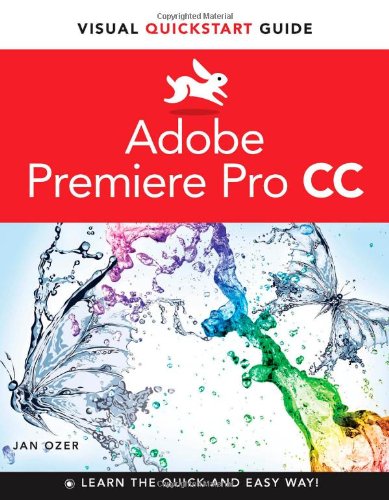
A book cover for Premiere Pro CC: Visual QuickStart Guide; Jan Ozer; Computers & Technology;